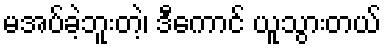
မအပ်ခဲ့ဘူးတဲ့၊ ဒီကောင် ယူသွားတယ်